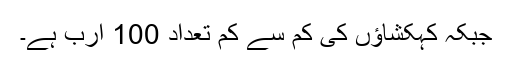
جبکہ کہکشاؤں کی کم سے کم تعداد 100 ارب ہے۔